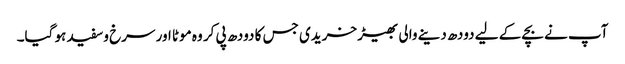
آپ نے بچے کے لیے دودھ دینے والی بھیڑ خریدی جس کا دودھ پی کر وہ موٹا اور سرخ وسفید ہو گیا۔